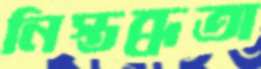
নিস্তব্ধতা